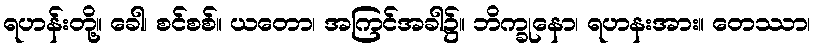
ရဟန်းတို့။ ခေါ၊ စင်စစ်။ ယတော၊ အကြင်အခါ၌။ ဘိက္ခုနော၊ ရဟနးအား။ တေဿာ၊